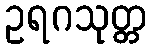
ဥရဂသုတ္တ